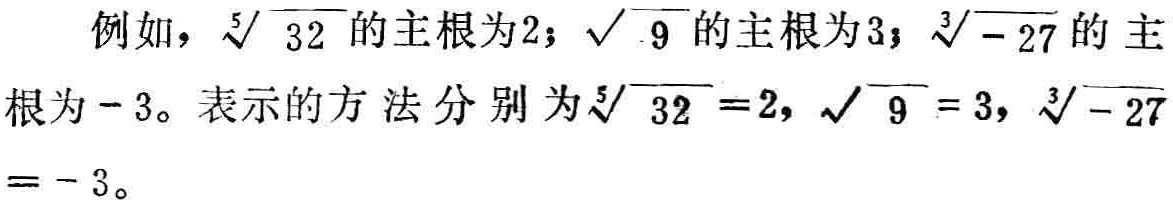
例如，$\sqrt[5]{32}$的主根为2；$\sqrt{9}$的主根为3；$\sqrt[3]{-27}$的主根为$-3$。表示的方法分别为$\sqrt[5]{32}=2$，$\sqrt{9}=3$，$\sqrt[3]{-27}=-3$。